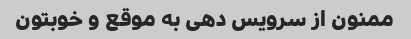
ممنون از سرویس دهی به موقع و خوبتون